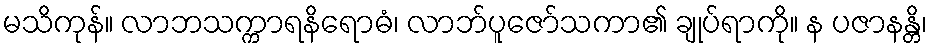
မသိကုန်။ လာဘသက္ကာရနိရောဓံ၊ လာဘ်ပူဇော်သကာ၏ ချုပ်ရာကို။ န ပဇာနန္တိ၊